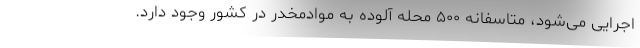
اجرایی می‌شود، متاسفانه ۵۰۰ محله آلوده به موادمخدر در کشور وجود دارد.